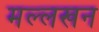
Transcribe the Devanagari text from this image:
मल्लखन